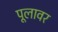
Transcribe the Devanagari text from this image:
पूलावर